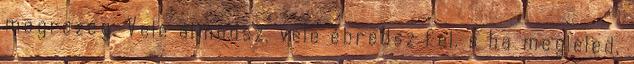
megrezeg. Vele álmodsz, vele ébredsz fel. s ha megleled,